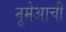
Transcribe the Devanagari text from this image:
नूमेआची